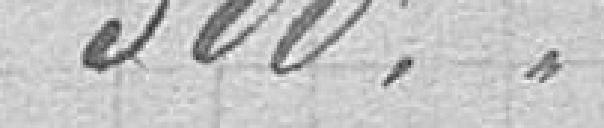
300